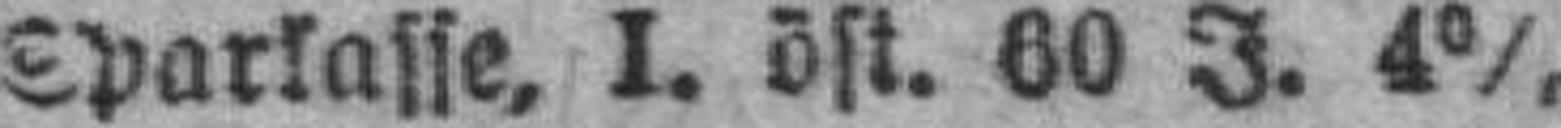
Sparkasse, I. öst. 60 J. 4%